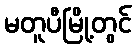
မတူပီမြို့တွင်